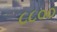
૮૮૦૦